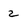
Character: 2